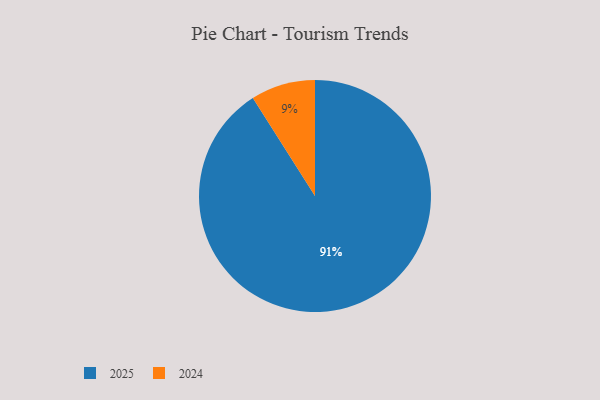
{"axis": {"x": "Category", "y": "Percentage"}, "legend": ["2024", "2025"], "data": [{"x": "2025", "y": 91, "type": "2025"}, {"x": "2024", "y": 9, "type": "2024"}]}